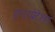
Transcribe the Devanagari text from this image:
इन्टरप्रेटेशन